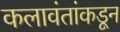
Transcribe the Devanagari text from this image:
कलावंतांकडून